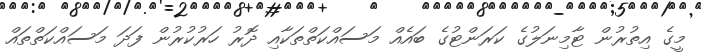
މީގެ އިތުރުން ޓާމިނަލުގެ ކަރަންޓުގެ ބައެއް މަސައްކަތްތަކާއި ދޮރު ހަރުކުރުން ފަދަ މަސައްކަތްތައް